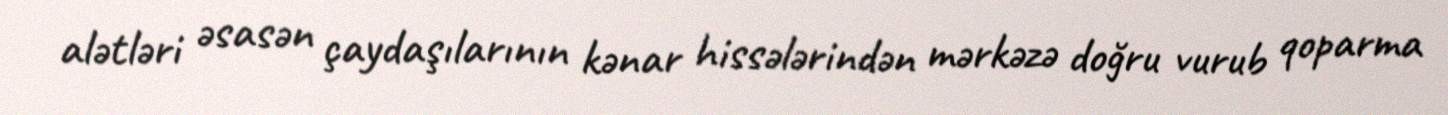
alətləri əsasən çaydaşılarının kənar hissələrindən mərkəzə doğru vurub qoparma